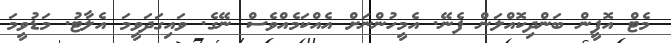
މެޓް އޮފީން ބަންދިކޮއްލަން ފެނޭ. އެމީހުންނަށް އެއްކަމެއްވެސް ނޭގެ. ވައިގަދަވީމަ އެލާޓު. މަޑުވީމަ